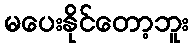
မပေးနိုင်တော့ဘူး